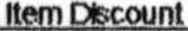
ITEM DISCOUNT